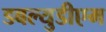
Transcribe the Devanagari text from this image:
डबल्युडीएम